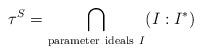
LaTeX: \begin{align*}\tau^S=\bigcap_{{\rm parameter\ ideals\ }I}(I:I^*)\end{align*}